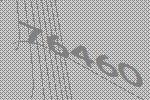
76460